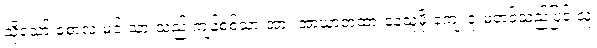
သို့သော် စောလူးမင်းသားသည် ကျန်စစ်သားအား အာဃာတထားနေသူမို့ ကျေးဇူးမတင်သည့်ပြင် သူ့